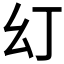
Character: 𭙊